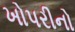
ખોપરીનો